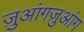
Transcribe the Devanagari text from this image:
ज़ुआंगज़ुआंग